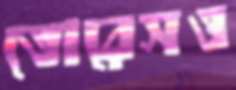
তোরেসও